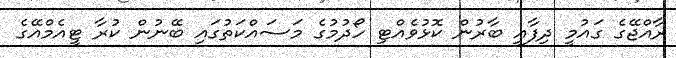
ރާއްޖޭގެ ގައުމީ ދިފާއީ ބާރުން ކޮޅުވެއްޓި ހޯދުމުގެ މަސައްކަތުގައި ބޭނުން ކުރާ ޓީއެމްއޭގެ